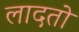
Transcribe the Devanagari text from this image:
लादतो